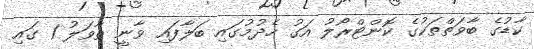
ކާޑުގެ ބާވަތްތަކުގެ ކޮންޓްރޯލު އަގު ހެދުމުގައި ބަލާފައި ވާނީ ތާވަލު 1 ގައި